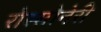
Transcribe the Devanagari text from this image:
रोस्सोनेरी